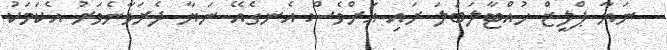
ނަޔާ ޕްލީޒް ހުއްޓާލަބަލަ ރައި އަށްވެސް އެނގެއޭ ނަޔާ ދެރަވާނެވަރު އެކަމަކު